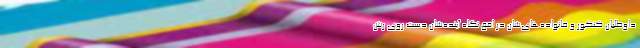
داوطلبان کنکور و خانواده‌های‌شان در افق نگاه آینده‌شان دست روی رش